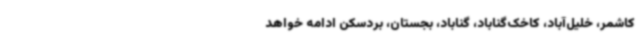
کاشمر، خلیل‌آباد، کاخک‌گناباد، گناباد، بجستان، بردسکن ادامه خواهد